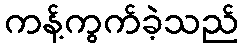
ကန့်ကွက်ခဲ့သည်